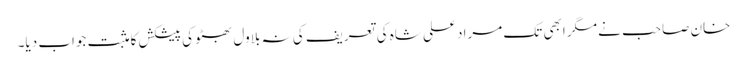
خان صاحب نے مگر ابھی تک مراد علی شاہ کی تعریف کی نہ بلاول بھٹو کی پیشکش کا مثبت جواب دیا۔